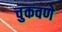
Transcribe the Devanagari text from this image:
चुकवणे